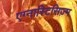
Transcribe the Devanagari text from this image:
एग्नास्टिसिज़्म